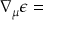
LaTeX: \nabla _ { \mu } \epsilon =